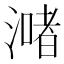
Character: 𣾻